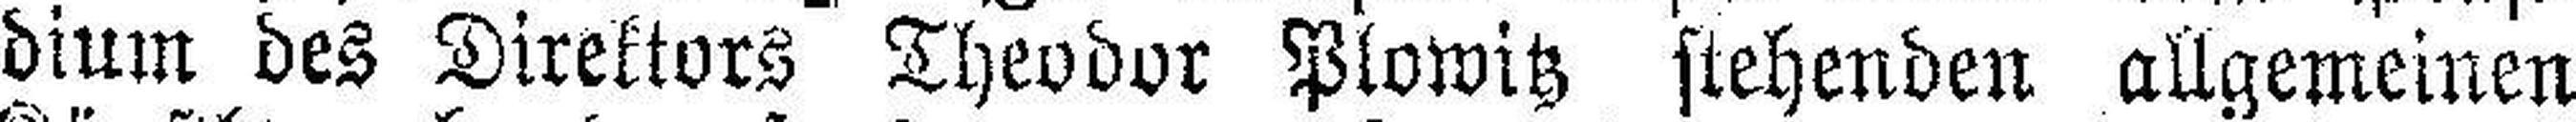
dium des Direktors Theodor Plowitz stehenden allgemeinen